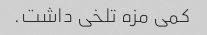
کمی مزه تلخی داشت.